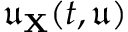
\mathfrak { u } _ { \mathbf { X } } ( t , \mathfrak { u } )